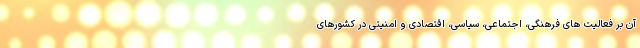
آن بر فعالیت های فرهنگی، اجتماعی، سیاسی، اقتصادی و امنیتی در کشور‌های